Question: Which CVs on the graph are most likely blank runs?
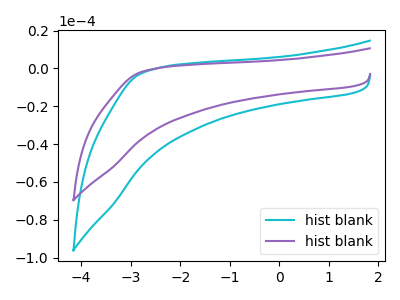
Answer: <think>The cyan curve "hist blank1" has no peaks. The purple curve "hist blank2" has no peaks.</think>
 <answer>"hist blank1" and "hist blank2" are likely to be blanks.</answer>
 <eval>"hist blank1", "hist blank2"</eval>